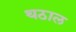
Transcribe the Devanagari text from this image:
थठाल